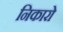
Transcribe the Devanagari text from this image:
निकारो